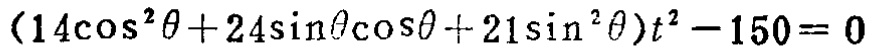
\((14\cos^{2}\theta + 24\sin\theta\cos\theta + 21\sin^{2}\theta)t^{2}-150 = 0\)